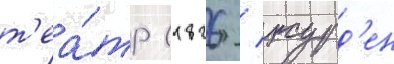
т'еа́тр (1826 / журд'ен